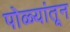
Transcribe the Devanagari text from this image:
पोळ्यांतून